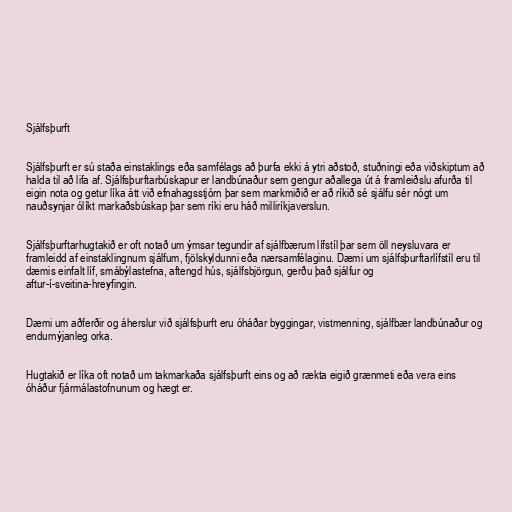
Sjálfsþurft

Sjálfsþurft er sú staða einstaklings eða samfélags að þurfa ekki á ytri aðstoð, stuðningi eða viðskiptum að
halda til að lifa af. Sjálfsþurftarbúskapur er landbúnaður sem gengur aðallega út á framleiðslu afurða til
eigin nota og getur líka átt við efnahagsstjórn þar sem markmiðið er að ríkið sé sjálfu sér nógt um
nauðsynjar ólíkt markaðsbúskap þar sem ríki eru háð milliríkjaverslun.

Sjálfsþurftarhugtakið er oft notað um ýmsar tegundir af sjálfbærum lífstíl þar sem öll neysluvara er
framleidd af einstaklingnum sjálfum, fjölskyldunni eða nærsamfélaginu. Dæmi um sjálfsþurftarlífstíl eru til
dæmis einfalt líf, smábýlastefna, aftengd hús, sjálfsbjörgun, gerðu það sjálfur og
aftur-í-sveitina-hreyfingin.

Dæmi um aðferðir og áherslur við sjálfsþurft eru óháðar byggingar, vistmenning, sjálfbær landbúnaður og
endurnýjanleg orka.

Hugtakið er líka oft notað um takmarkaða sjálfsþurft eins og að rækta eigið grænmeti eða vera eins
óháður fjármálastofnunum og hægt er.